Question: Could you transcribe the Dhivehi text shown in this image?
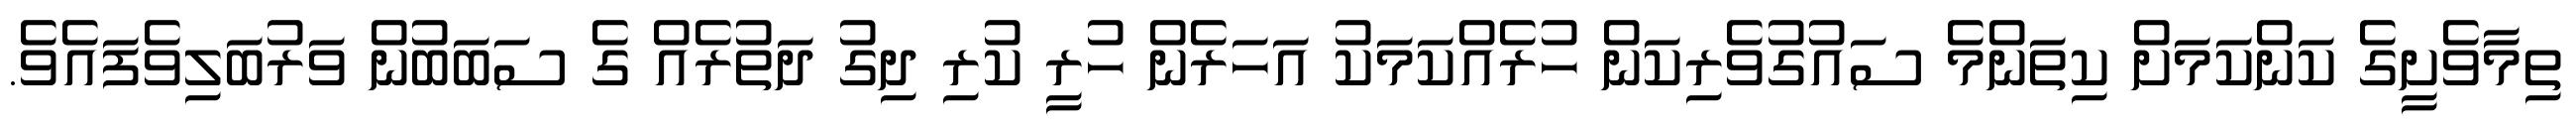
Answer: ތިމާވެށީގެ ކަންކަމަށް ކިތަންމެ ސައުގުވެރިކަން ހުރެއްކަމަކު އަހަރެން ހުރީ ކުރި ދިގު ދަތުރެއް ގެ ސަބަބުން ވަރުބަލިވެފައެވެ.